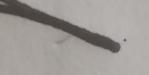
Signature authenticity: forged